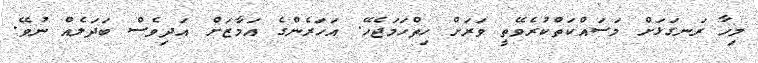
މިހާ ރަނގަޅަށް މަސައްކަތްކުރެވޭތީ ވަރަށް ހިތްހަމަޖެހޭ. އަހަރެންގެ އަމާޒަށް އަދިވެސް ބަދަލެއް ނުވޭ.